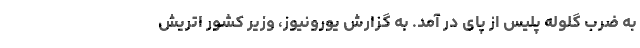
به ضرب گلوله پلیس از پای در آمد. به گزارش یورونیوز، وزیر کشور اتریش